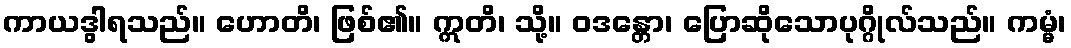
ကာယဒွါရသည်။ ဟောတိ၊ ဖြစ်၏။ ဣတိ၊ သို့။ ဝဒန္တော၊ ပြောဆိုသောပုဂ္ဂိုလ်သည်။ ကမ္မံ၊